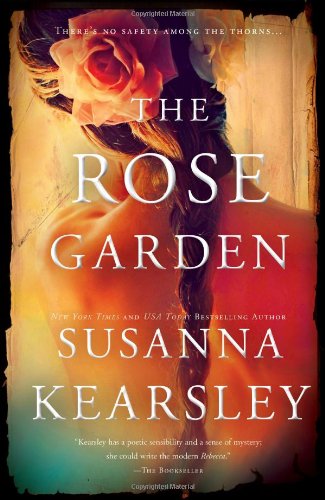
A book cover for The Rose Garden: A haunting, romantic story of England past and present; Susanna Kearsley; Science Fiction & Fantasy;